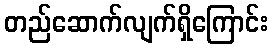
တည်ဆောက်လျက်ရှိကြောင်း